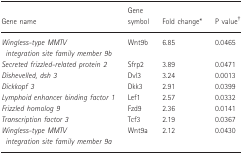
| Gene name | Gene symbol | Fold change* | P value† |
 | --- | --- | --- | --- |
 | Wingless-type MMTV integration site family member 9b | Wnt9b | 6.85 | 0.0465 |
 | Secreted frizzled-related protein 2 | Sfrp2 | 3.89 | 0.0471 |
 | Dishevelled, dsh 3 | Dvl3 | 3.24 | 0.0013 |
 | Dickkopf 3 | Dkk3 | 2.91 | 0.0399 |
 | Lymphoid enhancer binding factor 1 | Lef1 | 2.57 | 0.0332 |
 | Frizzled homolog 9 | Fzd9 | 2.36 | 0.0141 |
 | Transcription factor 3 | Tcf3 | 2.19 | 0.0367 |
 | Wingless-type MMTV integration site family member 9a | Wnt9a | 2.12 | 0.0430 |